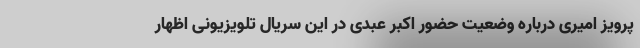
پرویز امیری درباره وضعیت حضور اکبر عبدی در این سریال تلویزیونی اظهار